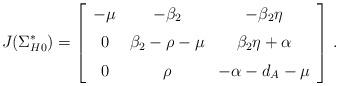
LaTeX: \begin{align*}J(\Sigma_{H0}^*) = \left[ \begin {array}{ccc}-\mu&- \beta_2&-\beta_2 \eta\\\noalign{\medskip}0&\beta_2-\rho-\mu & \beta_2 \eta + \alpha\\\noalign{\medskip}0&\rho&-\alpha- d_A - \mu\end {array} \right] \, .\end{align*}